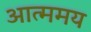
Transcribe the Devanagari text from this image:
आत्ममय